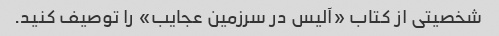
شخصیتی از کتاب «آلیس در سرزمین عجایب» را توصیف کنید.